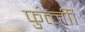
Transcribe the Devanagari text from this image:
फुर्त्लीी